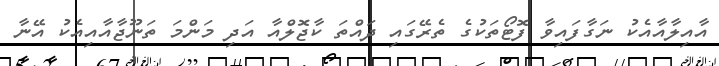
އާއިލާއާއެކު ނަގާފައިވާ ފޮޓޯތަކުގެ ތެރޭގައި ދައްތަ ކާޖޮލްއާ އަދި މަންމަ ތަނޫޖާއާއިއެކު އޭނާ